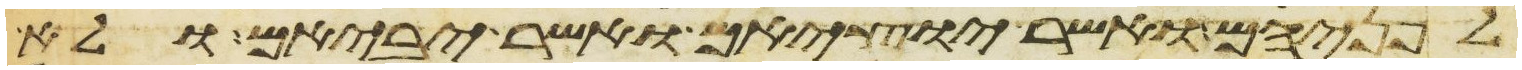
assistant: לפניהם ואשר יוציאם ואשר יביאם ולא